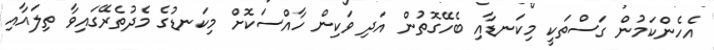
އެހެންކަމުން ގަސްތަކީ މިކަނޑާއި ބެހޭގޮތުން އަދި ވަކިން ހާއްސަކޮށް މިކަނޑުގެ މެދުތެރޭގައިވާ ތިލައާއި